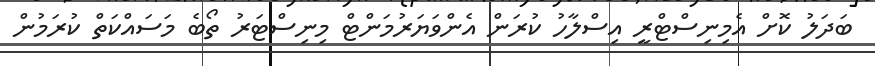
ބަަދަލު ކޮށް އެމިނިސްޓްރީ އިސްލާހު ކުރަން އެންވަޔަރުމަންޓް މިނިސްޓަރު ތޯބެ މަސައްކަތް ކުރަމުން